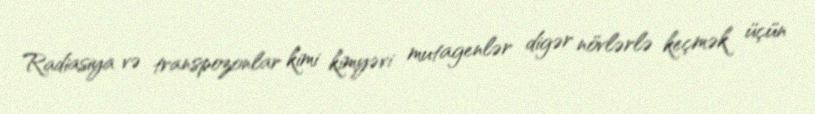
Radiasiya və transpozonlar kimi kimyəvi mutagenlər digər növlərlə keçmək üçün